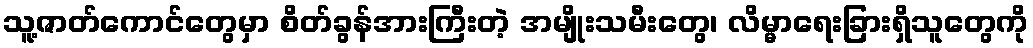
သူ့ဇာတ်ကောင်တွေမှာ စိတ်ခွန်အားကြီးတဲ့ အမျိုးသမီးတွေ၊ လိမ္မာရေးခြားရှိသူတွေကို